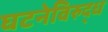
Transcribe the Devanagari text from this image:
घटनेविरुद्ध